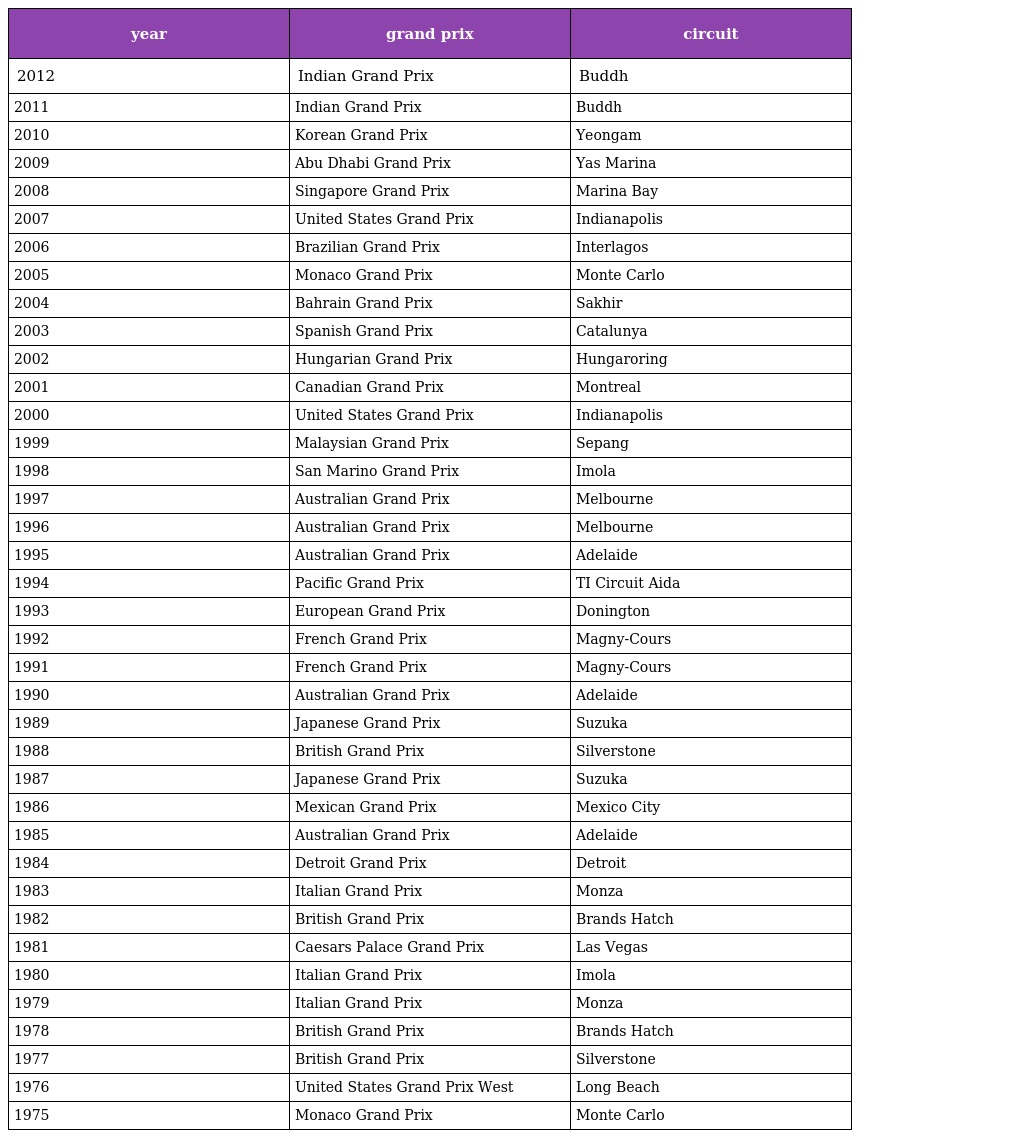
| year | grand prix | circuit |
 | --- | --- | --- |
 | 2012 | Indian Grand Prix | Buddh |
 | 2011 | Indian Grand Prix | Buddh |
 | 2010 | Korean Grand Prix | Yeongam |
 | 2009 | Abu Dhabi Grand Prix | Yas Marina |
 | 2008 | Singapore Grand Prix | Marina Bay |
 | 2007 | United States Grand Prix | Indianapolis |
 | 2006 | Brazilian Grand Prix | Interlagos |
 | 2005 | Monaco Grand Prix | Monte Carlo |
 | 2004 | Bahrain Grand Prix | Sakhir |
 | 2003 | Spanish Grand Prix | Catalunya |
 | 2002 | Hungarian Grand Prix | Hungaroring |
 | 2001 | Canadian Grand Prix | Montreal |
 | 2000 | United States Grand Prix | Indianapolis |
 | 1999 | Malaysian Grand Prix | Sepang |
 | 1998 | San Marino Grand Prix | Imola |
 | 1997 | Australian Grand Prix | Melbourne |
 | 1996 | Australian Grand Prix | Melbourne |
 | 1995 | Australian Grand Prix | Adelaide |
 | 1994 | Pacific Grand Prix | TI Circuit Aida |
 | 1993 | European Grand Prix | Donington |
 | 1992 | French Grand Prix | Magny-Cours |
 | 1991 | French Grand Prix | Magny-Cours |
 | 1990 | Australian Grand Prix | Adelaide |
 | 1989 | Japanese Grand Prix | Suzuka |
 | 1988 | British Grand Prix | Silverstone |
 | 1987 | Japanese Grand Prix | Suzuka |
 | 1986 | Mexican Grand Prix | Mexico City |
 | 1985 | Australian Grand Prix | Adelaide |
 | 1984 | Detroit Grand Prix | Detroit |
 | 1983 | Italian Grand Prix | Monza |
 | 1982 | British Grand Prix | Brands Hatch |
 | 1981 | Caesars Palace Grand Prix | Las Vegas |
 | 1980 | Italian Grand Prix | Imola |
 | 1979 | Italian Grand Prix | Monza |
 | 1978 | British Grand Prix | Brands Hatch |
 | 1977 | British Grand Prix | Silverstone |
 | 1976 | United States Grand Prix West | Long Beach |
 | 1975 | Monaco Grand Prix | Monte Carlo |